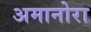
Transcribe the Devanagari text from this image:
अमानोरा